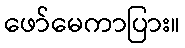
ဖော်မေကာပြား။